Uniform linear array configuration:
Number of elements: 16
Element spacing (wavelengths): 0.25
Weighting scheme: kaiser
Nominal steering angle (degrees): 45
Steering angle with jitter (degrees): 46.954
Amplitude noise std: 0.05
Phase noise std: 0.05

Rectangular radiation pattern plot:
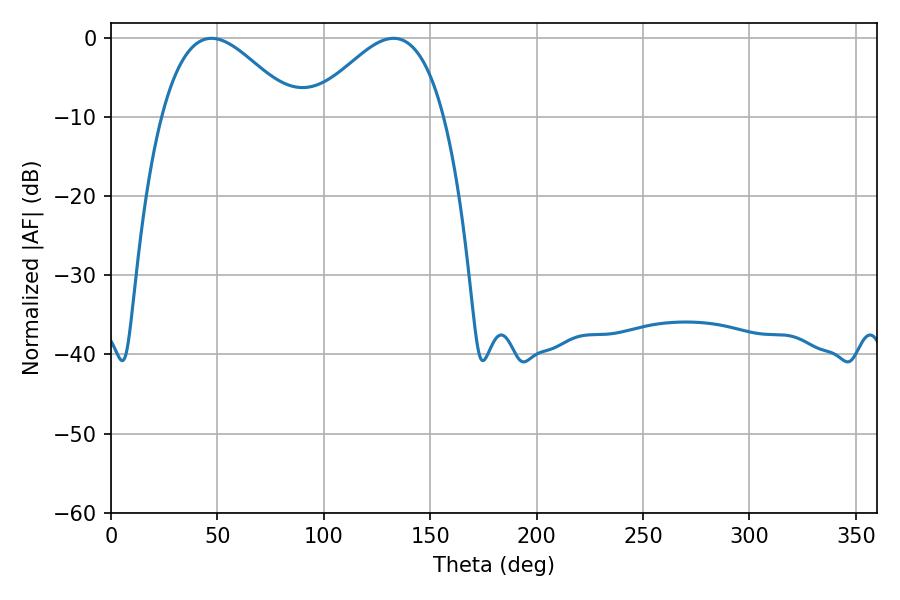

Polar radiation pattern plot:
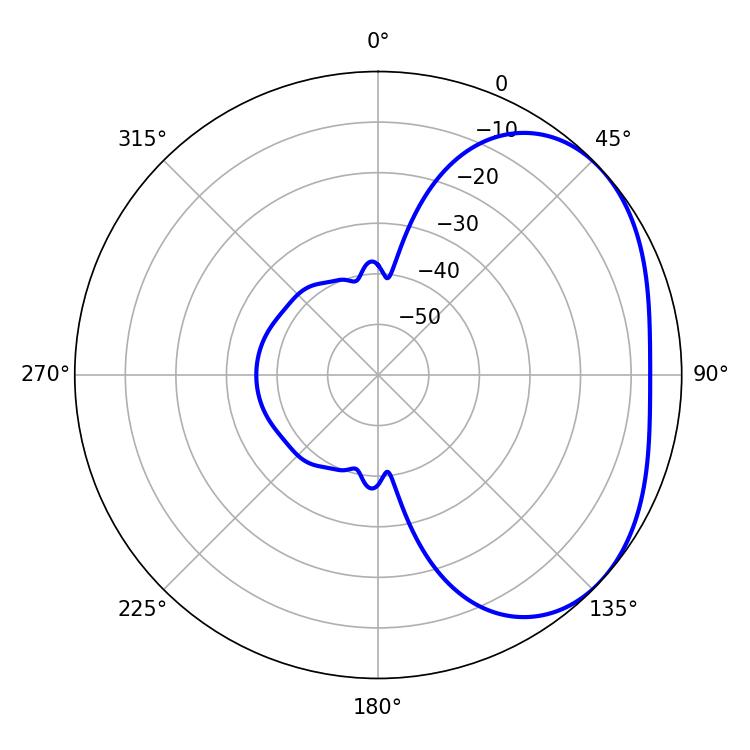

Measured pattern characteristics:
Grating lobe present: FALSE
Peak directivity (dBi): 2.966
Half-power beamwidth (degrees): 33.66
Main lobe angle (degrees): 47.16